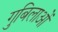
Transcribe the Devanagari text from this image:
गुबिलाओं